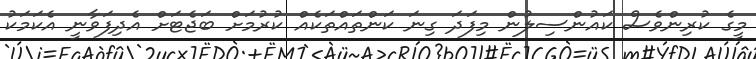
މީގެ ކުރިންވެސް ކައުންސިލުން މިފަދަ ގިނަ ކަންތައްތަކެއް ކުރުމަށް ބަޖެޓަށް އެދިފަވާނީ އެކަމަކު